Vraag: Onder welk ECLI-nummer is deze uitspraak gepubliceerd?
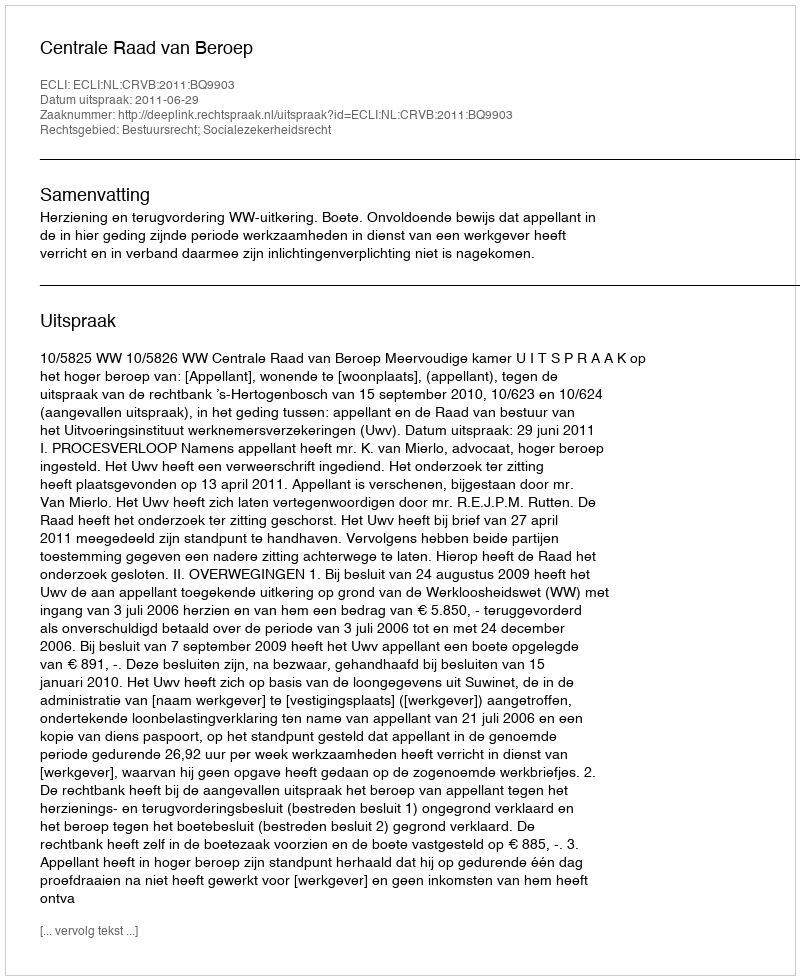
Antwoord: ECLI:NL:CRVB:2011:BQ9903